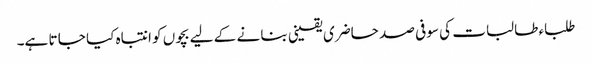
طلباء طالبات کی سو فی صد حاضری یقینی بنا نے کے لیے بچوں کو انتباہ کیا جا تا ہے۔